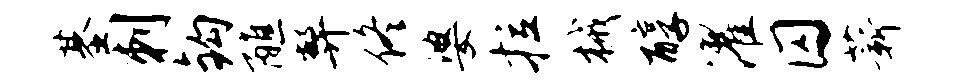
基刺钩醮弊佟婆拉械醇濯囚薪